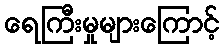
ရေကြီးမှုများကြောင့်